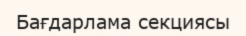
Бағдарлама секциясы